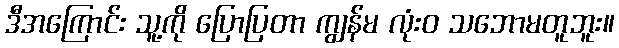
ဒီအကြောင်း သူ့ကို ပြောပြတာ ကျွန်မ လုံးဝ သဘောမတူဘူး။